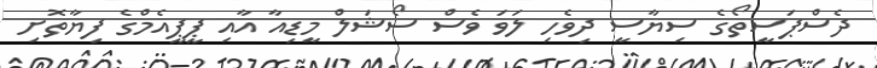
ދެސްޕަސީތޯގެ ސިޔާސީ ދިވެހި ލަވަ ވެސް ސޯޝަލް މީޑިއާ އާއި ޕީޕީއެމްގެ ފިޔާތޮށި